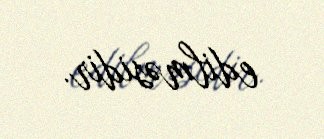
edilməsidir.